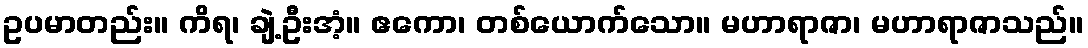
ဥပမာတည်း။ ကိရ၊ ချဲ့ဦးအံ့။ ဧကော၊ တစ်ယောက်သော။ မဟာရာဇာ၊ မဟာရာဇာသည်။